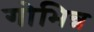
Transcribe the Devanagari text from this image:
गोभिन्न